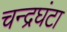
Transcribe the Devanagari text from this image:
चन्द्रघंटा